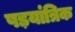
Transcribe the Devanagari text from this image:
षड़यांत्रिक